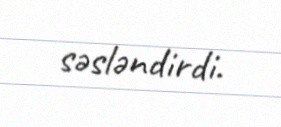
səsləndirdi.